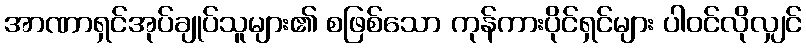
အာဏာရှင်အုပ်ချုပ်သူများ၏ စဖြစ်သော ကုန်ကားပိုင်ရှင်များ ပါဝင်လိုလျှင်